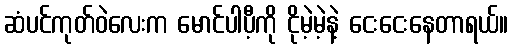
ဆံပင်ကုတ်ဝဲလေးက မောင်ပါပီ့ကို ငိုမဲ့မဲ့နဲ့ ငေးငေးနေတာရယ်။